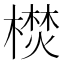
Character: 𣚵